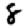
Digit: 8